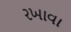
રખાવા